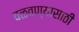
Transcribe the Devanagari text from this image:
वळवण्यासाठी